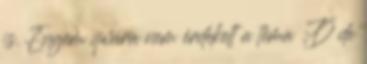
is. Engem qwára nem érdekelt a téma :D de